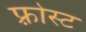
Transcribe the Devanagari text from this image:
फ़्रोस्ट